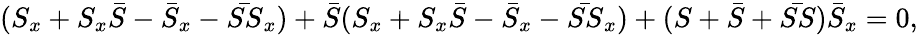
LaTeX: (S_{x}+S_{x}\bar{S}-\bar{S}_{x}-\bar{SS}_{x})+\bar{S}(S_{x}+S_{x}\bar{S}-\bar{S}_{x}-\bar{SS}_{x})+(S+\bar{S}+\bar{SS})\bar{S}_{x}=0,